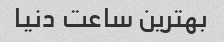
بهترین ساعت دنیا